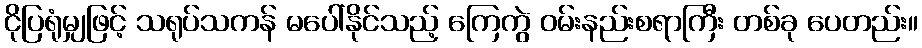
ငိုပြရုံမျှဖြင့် သရုပ်သကန် မပေါ်နိုင်သည့် ကြေကွဲ ဝမ်းနည်းစရာကြီး တစ်ခု ပေတည်း။